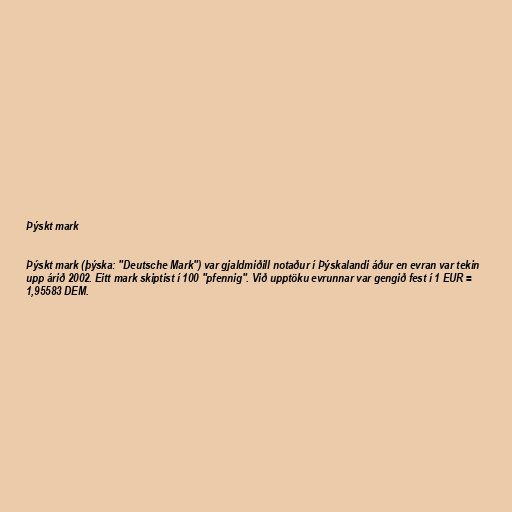
Þýskt mark

Þýskt mark (þýska: "Deutsche Mark") var gjaldmiðill notaður í Þýskalandi áður en evran var tekin
upp árið 2002. Eitt mark skiptist í 100 "pfennig". Við upptöku evrunnar var gengið fest í 1 EUR =
1,95583 DEM.